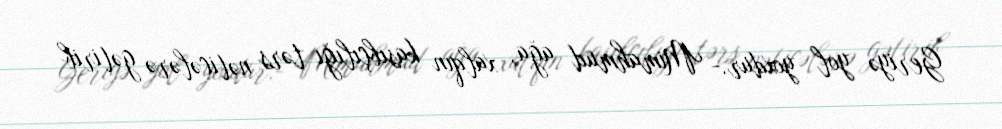
Geriyə yol yoxdur.- Mimahmud ağa, xalqın kasıbçılığı tərs nəticələrə gətirib